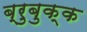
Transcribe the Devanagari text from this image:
ब्रुबुक्क